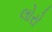
લોરો